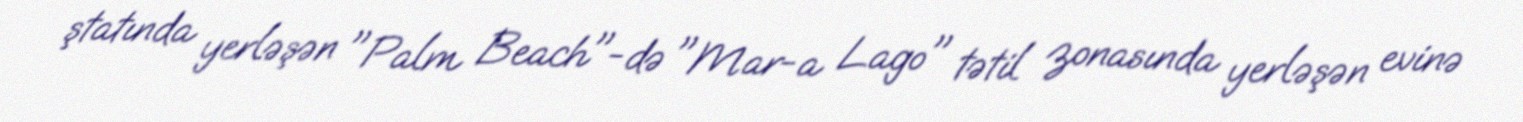
ştatında yerləşən "Palm Beach"-də "Mar-a Lago" tətil zonasında yerləşən evinə